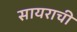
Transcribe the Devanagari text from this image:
सायराची